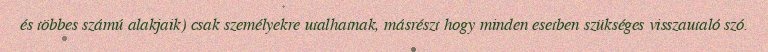
és többes számú alakjaik) csak személyekre utalhatnak, másrészt hogy minden esetben szükséges visszautaló szó.